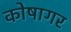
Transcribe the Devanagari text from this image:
कोषागर